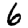
Digit: 6